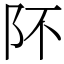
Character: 阫